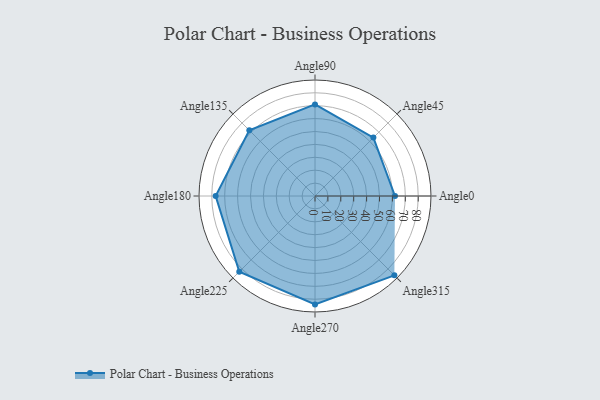
{"axis": {"x": "Angle", "y": "Radius"}, "legend": [""], "data": [{"x": "Angle0", "y": 62.0, "type": ""}, {"x": "Angle45", "y": 64.0, "type": ""}, {"x": "Angle90", "y": 71.0, "type": ""}, {"x": "Angle135", "y": 72.0, "type": ""}, {"x": "Angle180", "y": 77.0, "type": ""}, {"x": "Angle225", "y": 83.0, "type": ""}, {"x": "Angle270", "y": 84.0, "type": ""}, {"x": "Angle315", "y": 87.0, "type": ""}]}